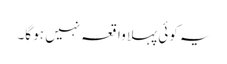
یہ کوئی پہلا واقعہ نہیں ہو گا۔